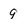
Character: 9